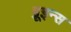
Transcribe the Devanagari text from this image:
ब्रूइन्स